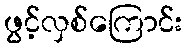
ဖွင့်လှစ်ကြောင်း